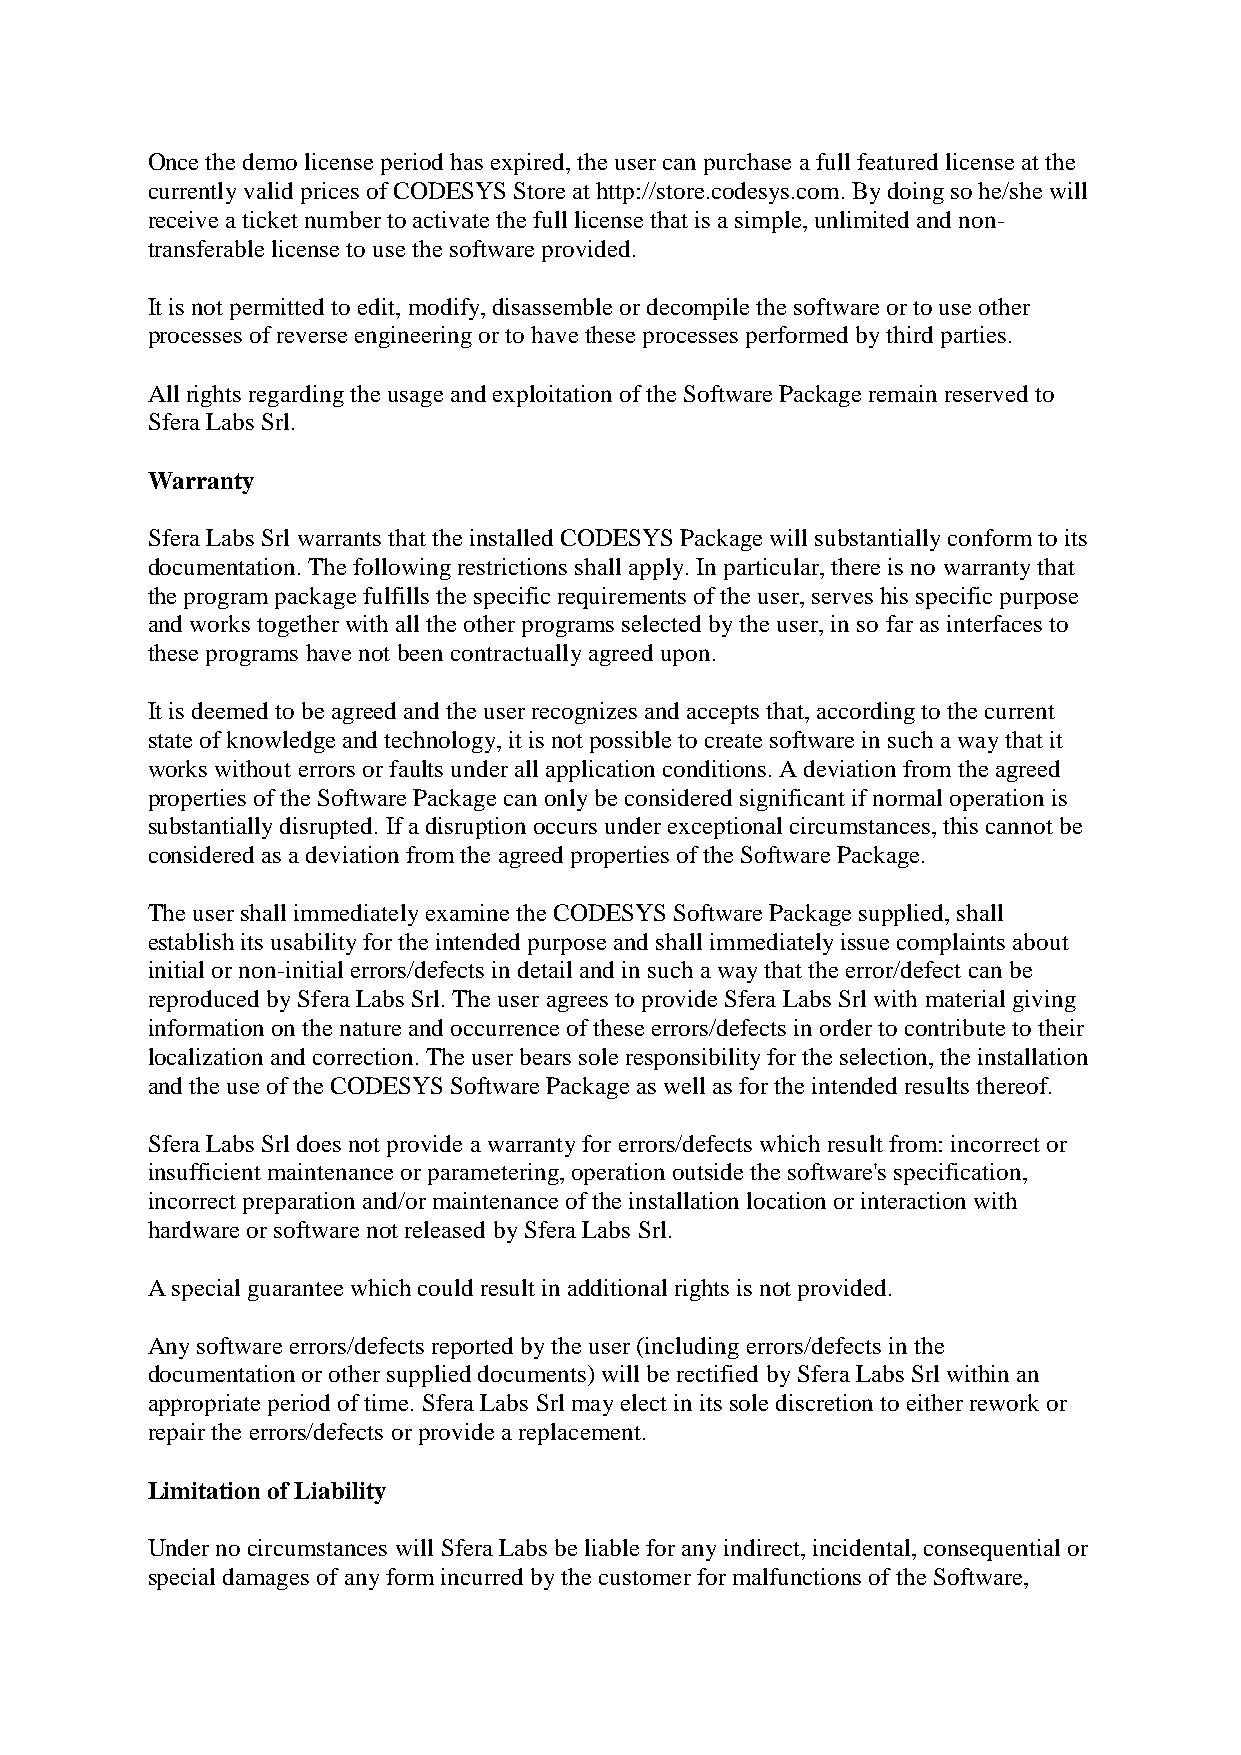
Once the demo license period has expired, the user can purchase a full featured license at the
 currently valid prices of CODESYS Store at http://store.codesys.com. By doing so he/she will
 receive a ticket number to activate the full license that is a simple, unlimited and non-
 transferable license to use the software provided.
 It is not permitted to edit, modify, disassemble or decompile the software or to use other
 processes of reverse engineering or to have these processes performed by third parties.
 All rights regarding the usage and exploitation of the Software Package remain reserved to
 Sfera Labs Srl.
 Warranty
 Sfera Labs Srl warrants that the installed CODESYS Package will substantially conform to its
 documentation. The following restrictions shall apply. In particular, there is no warranty that
 the program package fulfills the specific requirements of the user, serves his specific purpose
 and works together with all the other programs selected by the user, in so far as interfaces to
 these programs have not been contractually agreed upon.
 It is deemed to be agreed and the user recognizes and accepts that, according to the current
 state of knowledge and technology, it is not possible to create software in such a way that it
 works without errors or faults under all application conditions. A deviation from the agreed
 properties of the Software Package can only be considered significant if normal operation is
 substantially disrupted. If a disruption occurs under exceptional circumstances, this cannot be
 considered as a deviation from the agreed properties of the Software Package.
 The user shall immediately examine the CODESYS Software Package supplied, shall
 establish its usability for the intended purpose and shall immediately issue complaints about
 initial or non-initial errors/defects in detail and in such a way that the error/defect can be
 reproduced by Sfera Labs Srl. The user agrees to provide Sfera Labs Srl with material giving
 information on the nature and occurrence of these errors/defects in order to contribute to their
 localization and correction. The user bears sole responsibility for the selection, the installation
 and the use of the CODESYS Software Package as well as for the intended results thereof.
 Sfera Labs Srl does not provide a warranty for errors/defects which result from: incorrect or
 insufficient maintenance or parametering, operation outside the software's specification,
 incorrect preparation and/or maintenance of the installation location or interaction with
 hardware or software not released by Sfera Labs Srl.
 A special guarantee which could result in additional rights is not provided.
 Any software errors/defects reported by the user (including errors/defects in the
 documentation or other supplied documents) will be rectified by Sfera Labs Srl within an
 appropriate period of time. Sfera Labs Srl may elect in its sole discretion to either rework or
 repair the errors/defects or provide a replacement.
 Limitation of Liability
 Under no circumstances will Sfera Labs be liable for any indirect, incidental, consequential or
 special damages of any form incurred by the customer for malfunctions of the Software,